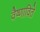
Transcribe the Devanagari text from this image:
वैष्णाविते